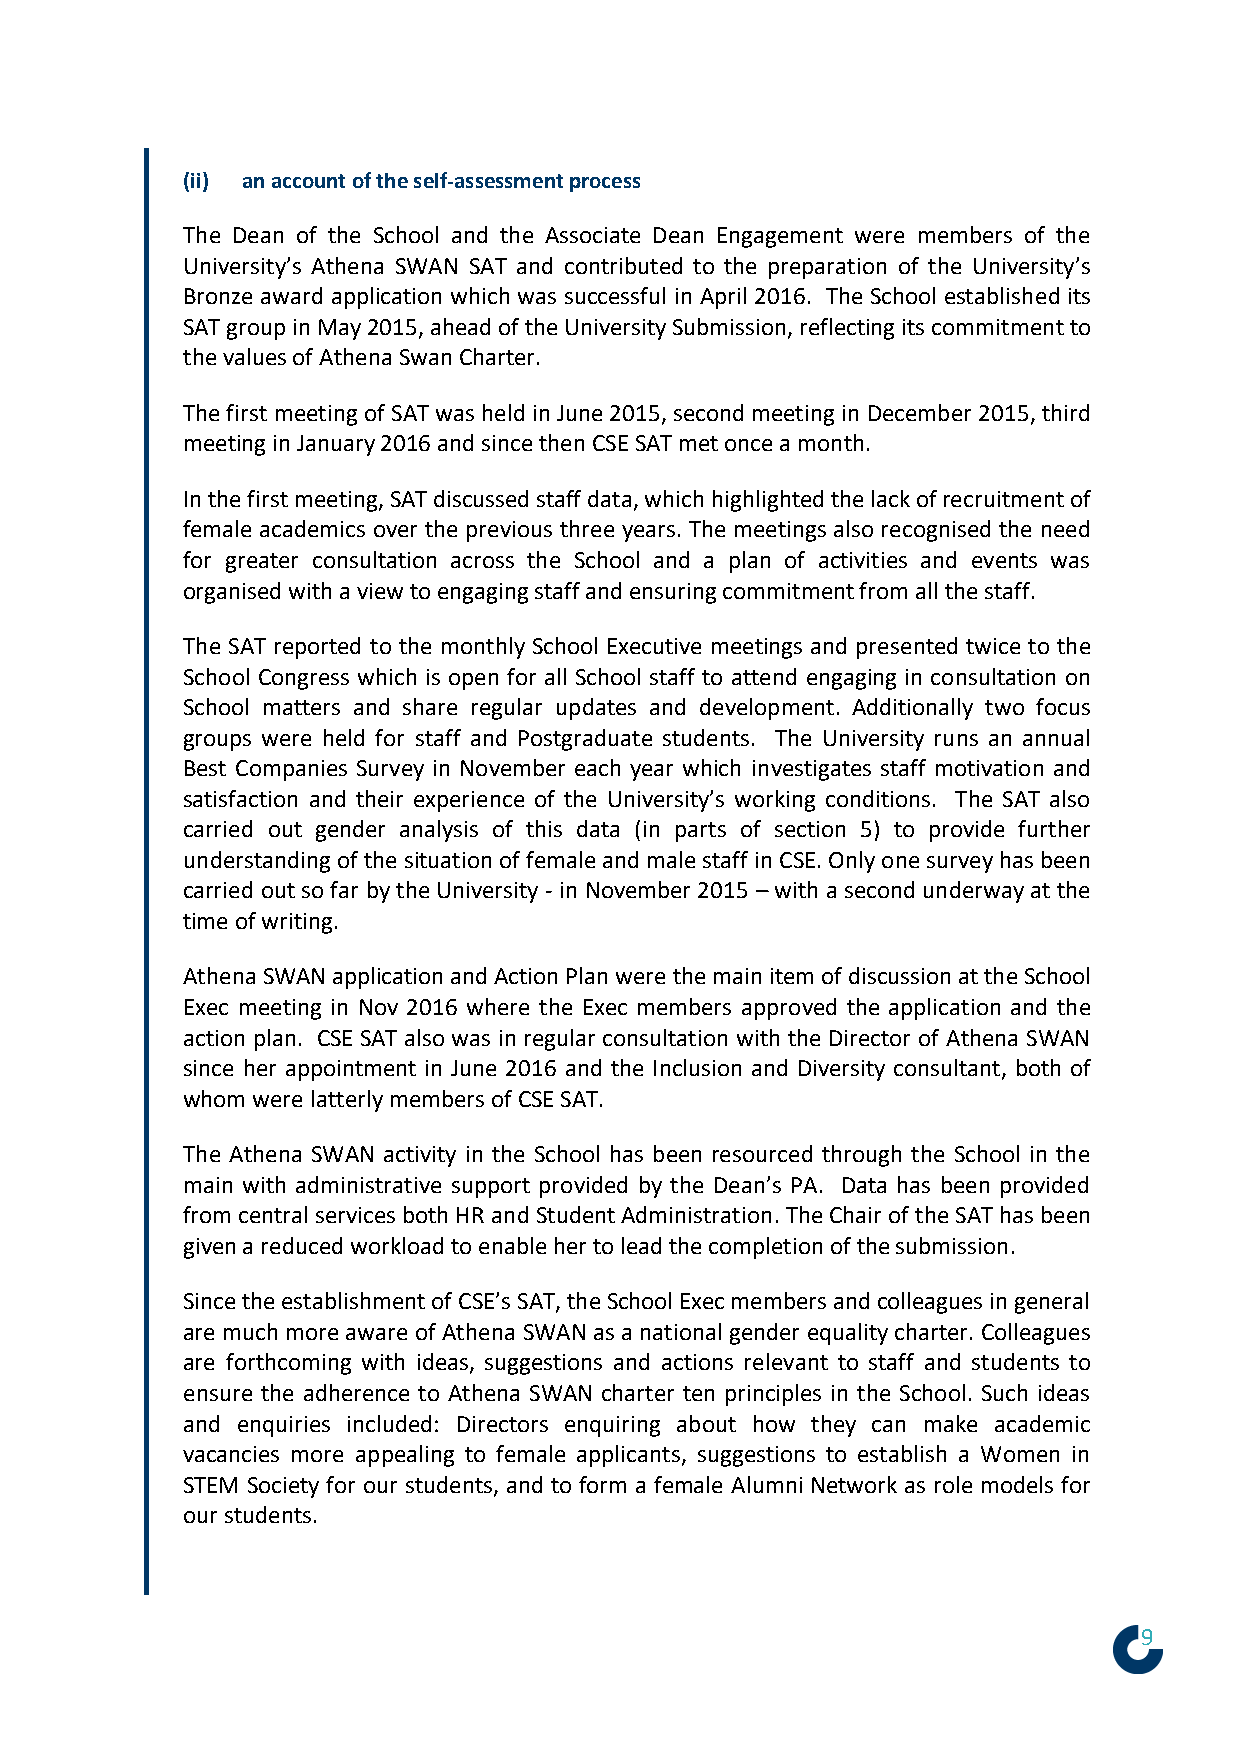
(ii) an account of the self-assessment process
 The Dean of the School and the Associate Dean Engagement were members of the
 University’s Athena SWAN SAT and contributed to the preparation of the University’s
 Bronze award application which was successful in April 2016. The School established its
 SAT group in May 2015, ahead of the University Submission, reflecting its commitment to
 the values of Athena Swan Charter.
 The first meeting of SAT was held in June 2015, second meeting in December 2015, third
 meeting in January 2016 and since then CSE SAT met once a month.
 In the first meeting, SAT discussed staff data, which highlighted the lack of recruitment of
 female academics over the previous three years. The meetings also recognised the need
 for greater consultation across the School and a plan of activities and events was
 organised with a view to engaging staff and ensuring commitment from all the staff.
 The SAT reported to the monthly School Executive meetings and presented twice to the
 School Congress which is open for all School staff to attend engaging in consultation on
 School matters and share regular updates and development. Additionally two focus
 groups were held for staff and Postgraduate students. The University runs an annual
 Best Companies Survey in November each year which investigates staff motivation and
 satisfaction and their experience of the University’s working conditions. The SAT also
 carried out gender analysis of this data (in parts of section 5) to provide further
 understanding of the situation of female and male staff in CSE. Only one survey has been
 carried out so far by the University - in November 2015 – with a second underway at the
 time of writing.
 Athena SWAN application and Action Plan were the main item of discussion at the School
 Exec meeting in Nov 2016 where the Exec members approved the application and the
 action plan. CSE SAT also was in regular consultation with the Director of Athena SWAN
 since her appointment in June 2016 and the Inclusion and Diversity consultant, both of
 whom were latterly members of CSE SAT.
 The Athena SWAN activity in the School has been resourced through the School in the
 main with administrative support provided by the Dean’s PA. Data has been provided
 from central services both HR and Student Administration. The Chair of the SAT has been
 given a reduced workload to enable her to lead the completion of the submission.
 Since the establishment of CSE’s SAT, the School Exec members and colleagues in general
 are much more aware of Athena SWAN as a national gender equality charter. Colleagues
 are forthcoming with ideas, suggestions and actions relevant to staff and students to
 ensure the adherence to Athena SWAN charter ten principles in the School. Such ideas
 and enquiries included: Directors enquiring about how they can make academic
 vacancies more appealing to female applicants, suggestions to establish a Women in
 STEM Society for our students, and to form a female Alumni Network as role models for
 our students.
 9